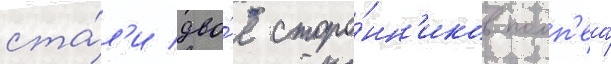
ста́л'и дво́е сторо́нн'иков помп'еа